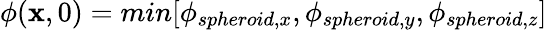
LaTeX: \phi(\mathbf{x},0)=min[\phi_{spheroid,x},\phi_{spheroid,y},\phi_{spheroid,z}]